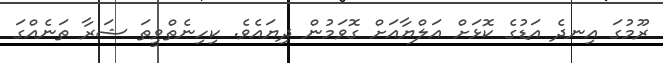
ރޫމުގަ އިނދެ އަޑުގެ ކޮޅަށް އަލްޔާއަށް ގޮވަމުން ދިޔައެވެ. ކިހިނެތްވީތަ ޝަރާ ތަނެއްގަ